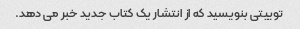
توییتی بنویسید که از انتشار یک کتاب جدید خبر می دهد.